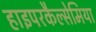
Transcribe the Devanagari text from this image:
हाइपरकैल्सेमिया